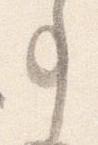
事